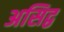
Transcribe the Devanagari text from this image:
असिद्व